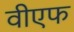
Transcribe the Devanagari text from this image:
वीएफ